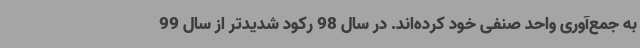
به جمع‌آوری واحد صنفی خود کرده‌اند. در سال 98 رکود شدیدتر از سال 99